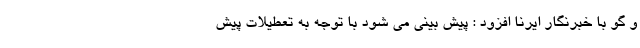
و گو با خبرنگار ایرنا افزود : پیش بینی می شود با توجه به تعطیلات پیش